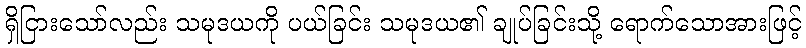
ရှိငြားသော်လည်း သမုဒယကို ပယ်ခြင်း သမုဒယ၏ ချုပ်ခြင်းသို့ ရောက်သောအားဖြင့်